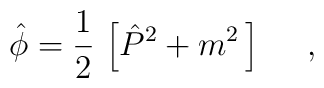
\hat{\phi}=\frac{1}{2}\,\left[\hat{P}^2+m^2\,\right]\ \ \ \ ,